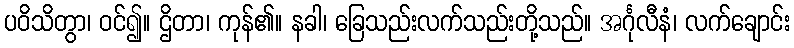
ပဝိသိတွာ၊ ဝင်၍။ ဌိတာ၊ ကုန်၏။ နခါ၊ ခြေသည်းလက်သည်းတို့သည်။ အင်္ဂုလီနံ၊ လက်ချောင်း